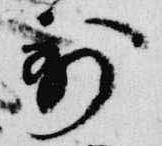
到